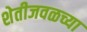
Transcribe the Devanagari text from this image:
शेतीजवळच्या